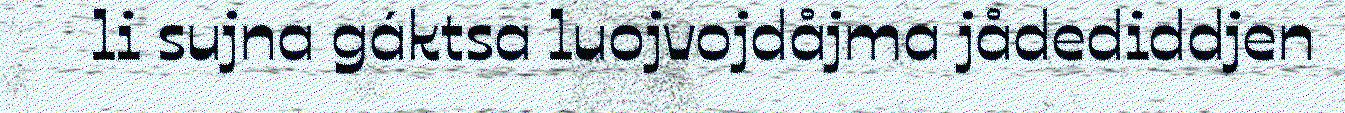
li sujna gáktsa luojvojdåjma jådediddjen